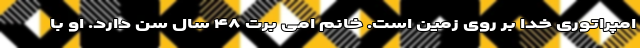
امپراتوری خدا بر روی زمین است. خانم امی برت ۴۸ سال سن دارد. او با